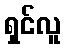
ရှင်လူ